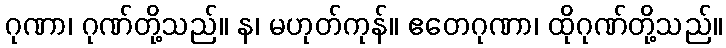
ဂုဏာ၊ ဂုဏ်တို့သည်။ န၊ မဟုတ်ကုန်။ ဧတေဂုဏာ၊ ထိုဂုဏ်တို့သည်။